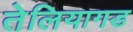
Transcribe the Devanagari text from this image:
तेलियागड